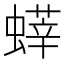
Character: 𧐞